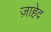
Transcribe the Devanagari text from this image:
ज़ाहेद